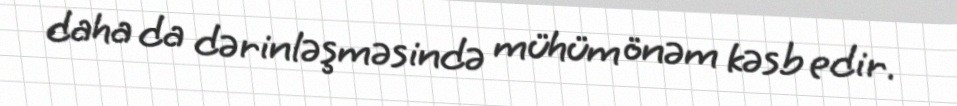
daha da dərinləşməsində mühüm önəm kəsb edir.